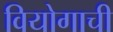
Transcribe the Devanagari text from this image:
वियोगाची